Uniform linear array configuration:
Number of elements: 8
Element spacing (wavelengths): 0.5
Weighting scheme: blackman
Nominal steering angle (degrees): -45
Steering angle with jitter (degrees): -45.894
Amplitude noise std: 0.05
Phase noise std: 0.05

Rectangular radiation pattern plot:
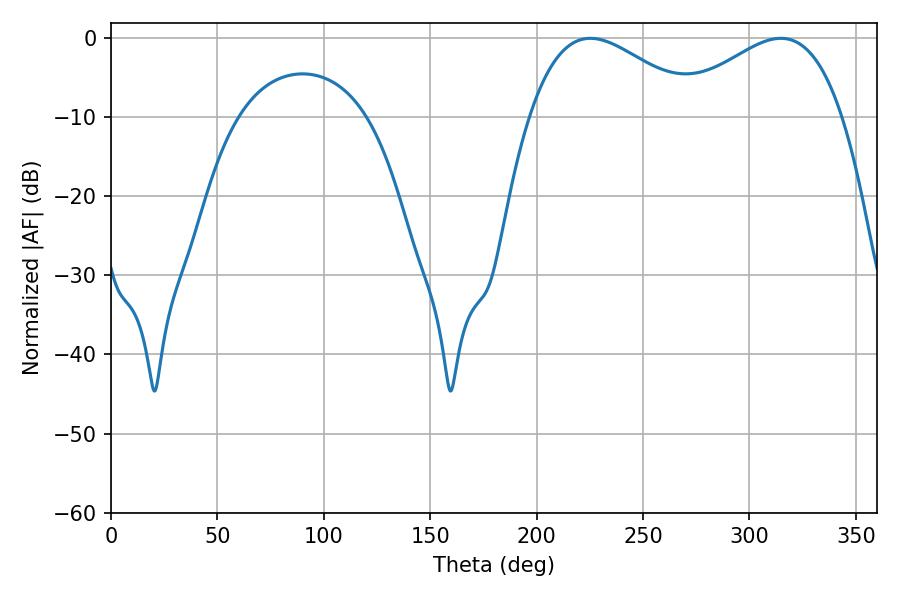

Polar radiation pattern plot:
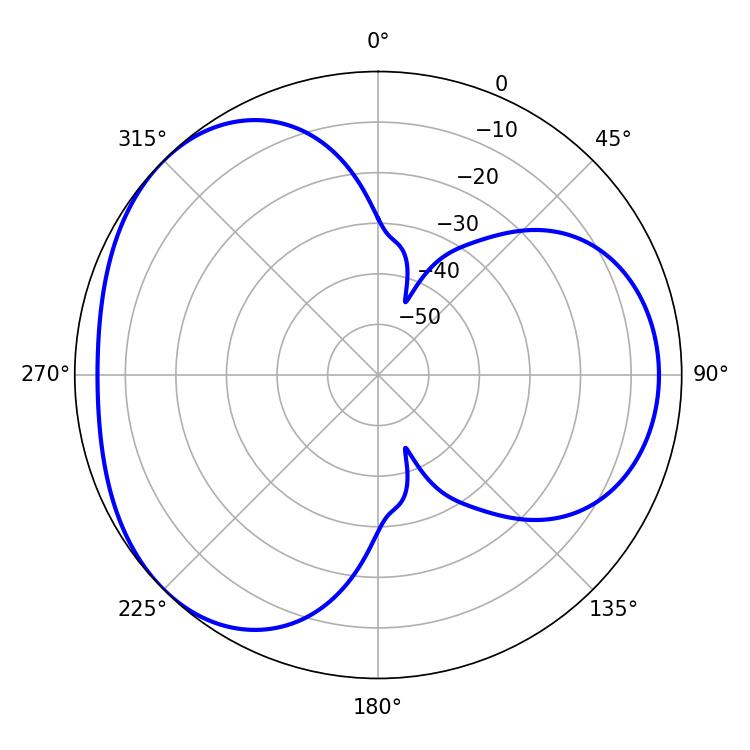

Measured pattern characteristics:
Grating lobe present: FALSE
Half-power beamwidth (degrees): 43.2
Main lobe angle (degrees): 225.18